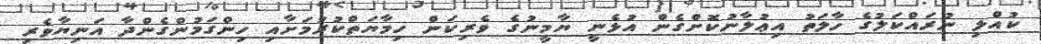
ކުއްލި ނުރައްކަލުގެ ހާލަތު އިޢުލާނުކޮށްގެން އުޅެނީ ޔާމީނުގެ ވެރިކަން ހިމާޔަތްކުރުމަށާއި ހިންގަމުންގެންދާ އަނިޔާވެރި